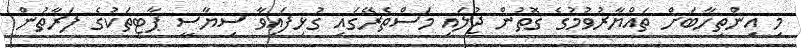
މި އިންތިހާބަށް ތައްޔާރުވުމުގެ ގޮތުން ޖުލައި މަސްތެރޭގައި ގުޅިފައިވާ ސިޔާސީ ޕާޓީތަކުގެ ފަރާތުން